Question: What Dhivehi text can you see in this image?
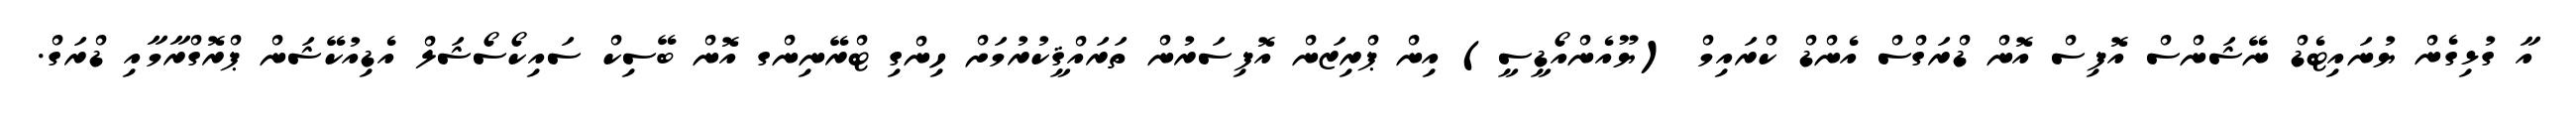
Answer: އާ ގުޅިގެން ޔުނައިޓެޑް ނޭޝަންސް އޮފިސް އޮން ޑްރަގްސް އެންޑް ކްރައިމް (ޔޫއެންއޯޑީސީ) އިން ޕްރިޒަން އޮފިސަރުން ތަރައްޤީކުރުމަށް ހިންގި ޓްރޭނިންގ އޮން ބޭސިކް ސައިކޯސޯޝަލް އެޑިއުކޭޝަން ޕްރޮގްރާމާއި ޑްރަގް.